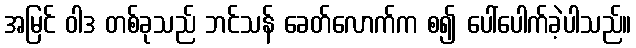
အမြင် ဝါဒ တစ်ခုသည် ဘင်သန် ခေတ်လောက်က စ၍ ပေါ်ပေါက်ခဲ့ပါသည်။